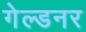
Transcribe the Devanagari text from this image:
गेल्डनर